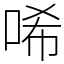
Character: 唏